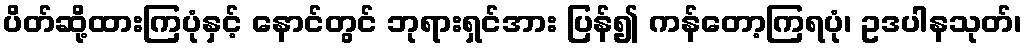
ပိတ်ဆို့ထားကြပုံနှင့် နောင်တွင် ဘုရားရှင်အား ပြန်၍ ကန်တော့ကြရပုံ၊ ဥဒပါနသုတ်၊